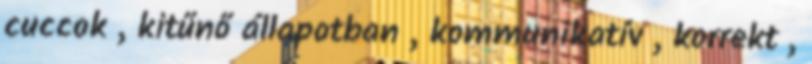
cuccok , kitűnő állapotban , kommunikatív , korrekt ,